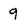
Character: 9